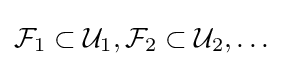
{\mathcal {F}}_{1}\subset {\mathcal {U}}_{1},{\mathcal {F}}_{2}\subset {\mathcal {U}}_{2},\ldots